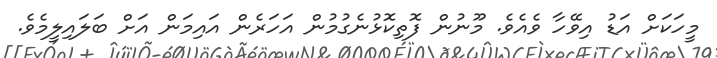
މީހަކަށް އަޑު އިވޭހާ ވެއެވެ. މޫނުން ފޮތިކޮޅުނެގުމުން އަހަރެން އައިމަން އަށް ބަލައިލީމެވެ.